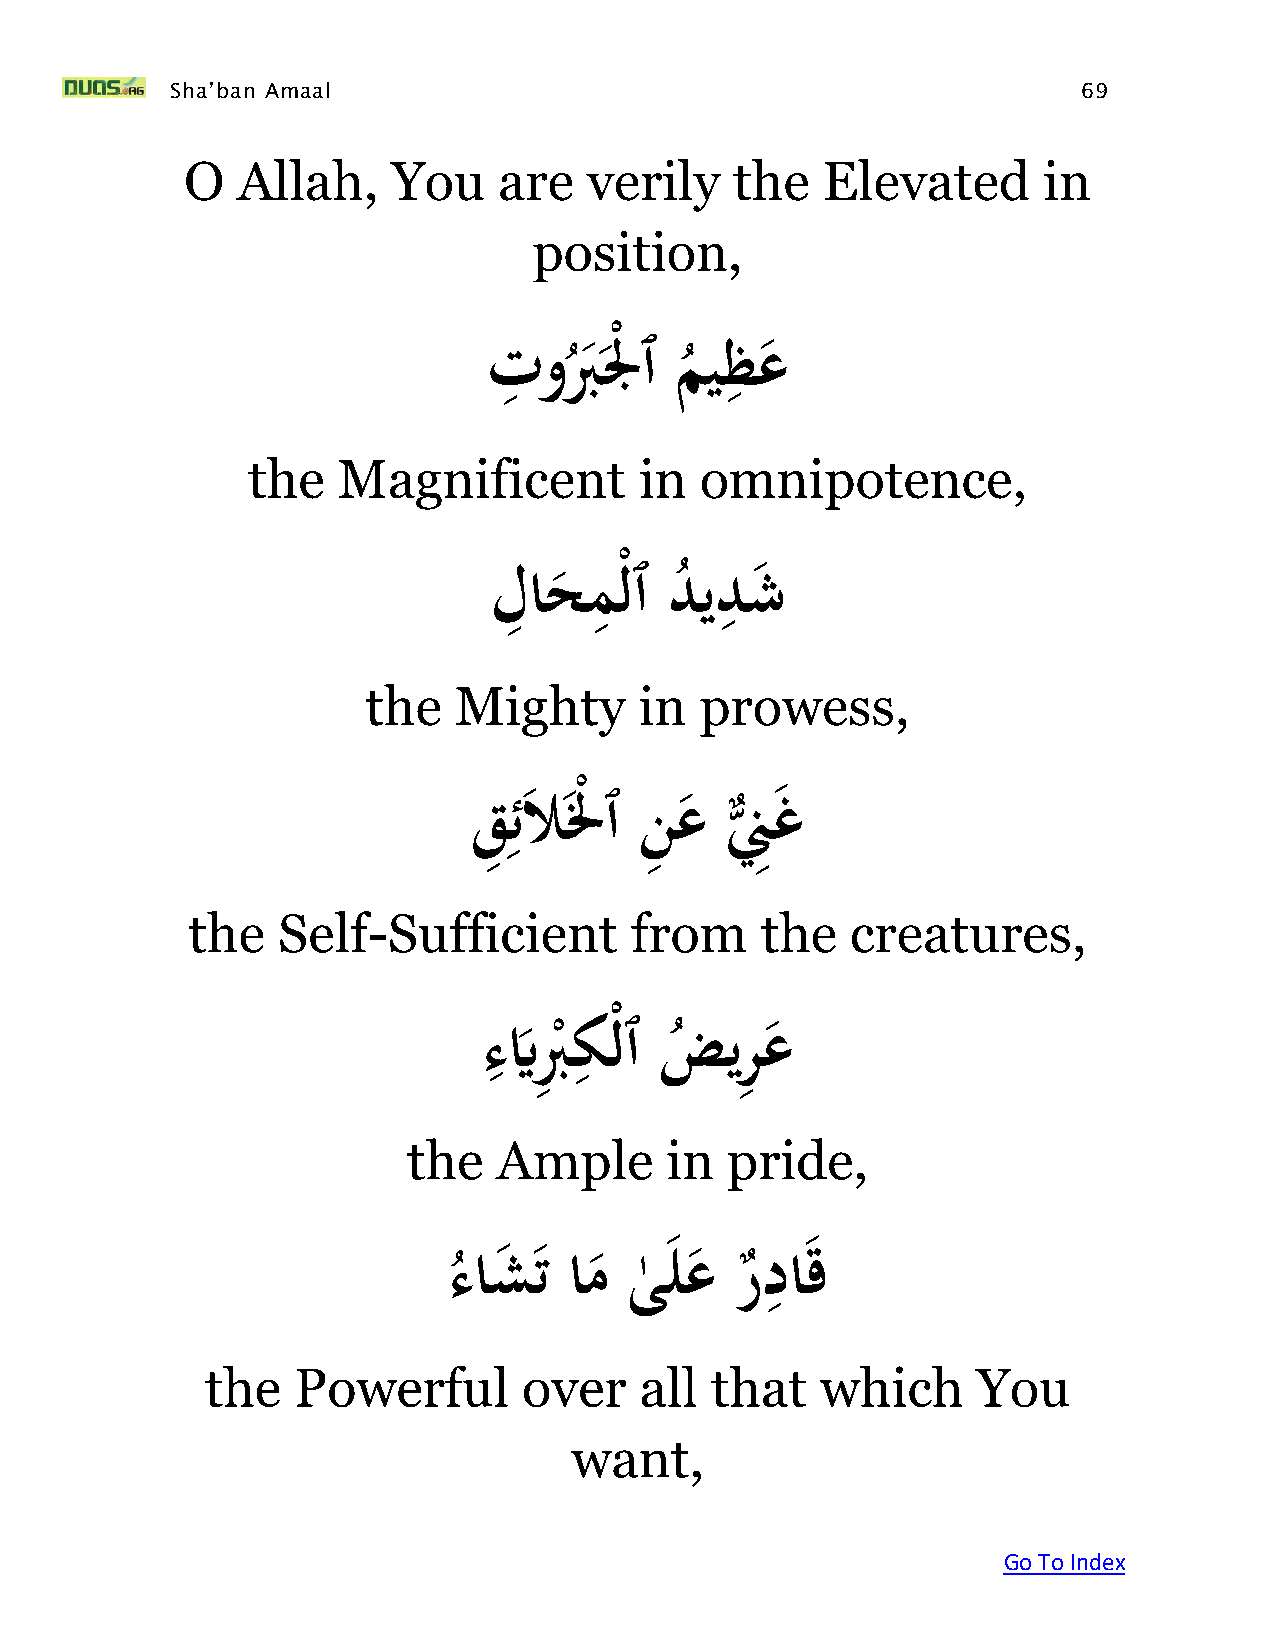
Sha’ban Amaal                                                69
 O   Allah,    You    are   verily    the  Elevated       in
 position,
 ِ              ِ
 َتوبُلْْ  ٱَميظع
 ُ       ُ
 the   Magnificent         in  omnipotence,
 ِ     ِ        ِ
 َلاحمْلٱَديدش
 ُ
 the   Mighty      in  prowess,
 ِ
 قَِ ئلالْْ ٱَنِ عَنِِغ
 ٌّ
 the   Self-Sufficient         from    the   creatures,
 ِ     ِ
 َءيَّبُِ كْلٱَضيرِ
 َع
 ْ       ُ
 the   Ample      in  pride,
 ِ
 ءَاشتَامََى   لعَردا   ق
 ُ
 ٰ
 the  Powerful        over   all  that   which      You
 want,
 Go To Index